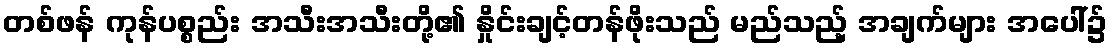
တစ်ဖန် ကုန်ပစ္စည်း အသီးအသီးတို့၏ နှိုင်းချင့်တန်ဖိုးသည် မည်သည့် အချက်များ အပေါ်၌